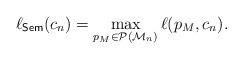
LaTeX: \begin{align*}\ell_\mathsf{Sem}(c_n)=\max_{p_M\in\mathcal{P}(\mathcal{M}_n)}\ell(p_M,c_n).\end{align*}